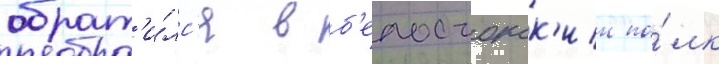
обрат'и́лс'я в б'елостокск'ии по́лк